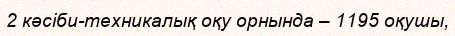
2 кәсіби-техникалық оқу орнында – 1195 оқушы,